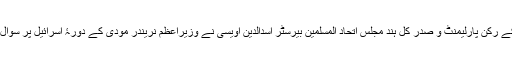
حیدرآباد کے رکن پارلیمنٹ و صدر کُل ہند مجلس اتحاد المسلمین بیرسٹر اسدالدین اویسی نے وزیراعظم نریندر مودی کے دورۂ اسرائیل پر سوال اُٹھایا ہے۔